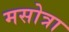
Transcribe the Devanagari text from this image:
मसोत्रा